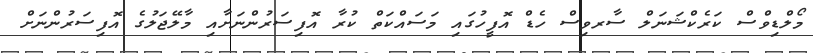
މޯލްޑިވްސް ކަރެކްޝަނަލް ސާރވިސް ހެޑް އޮފީހުގައި މަސައްކަތް ކުރާ އޮފިސަރުންނަށާއި މާލޭޖަލުގެ އޮފިސަރުންނަށް